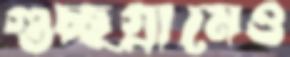
গুচ্ছগ্রামেও